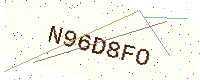
Text: N96D8FO